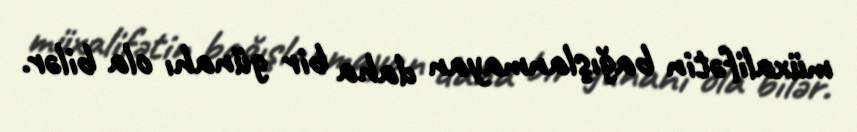
müxalifətin bağışlanmayan daha bir günahı ola bilər.